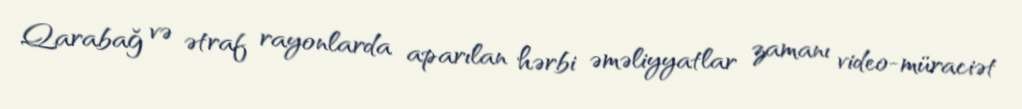
Qarabağ və ətraf rayonlarda aparılan hərbi əməliyyatlar zamanı video-müraciət